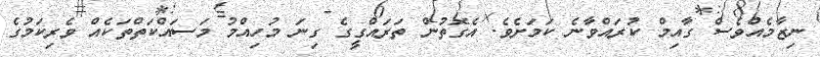
ނިޒާމެއްވެސް ގާއިމް ކުރައްވާނެ ކަމަށެވެ. އެގޮތުން ތަރައްގީގެ ގިނަ މުހިއްމު މަސައްކަތްތަކެއް ވެރިކަމުގެ